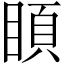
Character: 𥈗